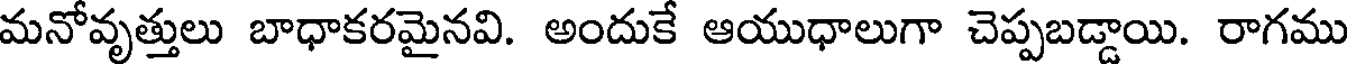
మనోవృత్తులు బాధాకరమైనవి. అందుకే ఆయుధాలుగా చెప్పబడ్డాయి. రాగము